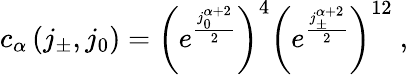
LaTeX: c_{\alpha}\left(j_{\pm},j_{0}\right)=\left(e^{\frac{j_{0}^{\alpha+2}}{2}}\right)^{4}\left(e^{\frac{j_{\pm}^{\alpha+2}}{2}}\right)^{12}\ ,